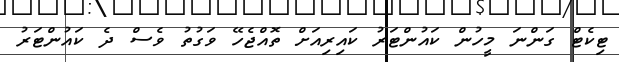
ޓިކެޓް ގަންނަ މީހުން ކައުންޓަރު ކައިރިއަށް ތޮއްޖެހޭ ވަގުތު ވެސް ދެ ކައުންޓަރު